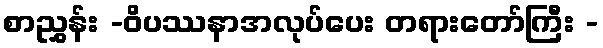
စာညွှန်း -ဝိပဿနာအလုပ်ပေး တရားတော်ကြီး -